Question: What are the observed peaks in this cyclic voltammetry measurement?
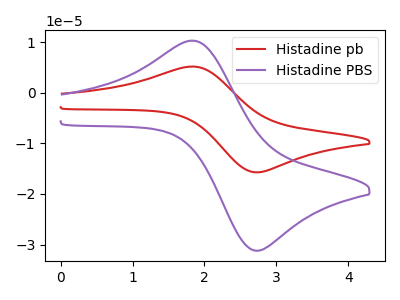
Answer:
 <answer>The red curve "Histadine pb" has an anodic peak at (1.85V, 5.20uA) and a cathodic peak at (2.75V, -15.70uA). The purple curve "Histadine PBS" has an anodic peak at (1.85V, 10.30uA) and a cathodic peak at (2.75V, -31.25uA).</answer>
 <eval></eval>